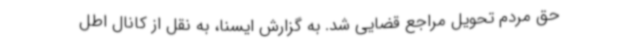
حق مردم تحویل مراجع قضایی شد. به گزارش ایسنا، به نقل از کانال اطل